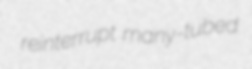
reinterrupt many-tubed